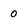
Character: 0